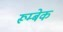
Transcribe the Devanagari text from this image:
रूम्बेक